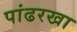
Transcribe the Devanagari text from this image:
पांढरखा